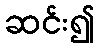
ဆင်း၍